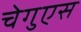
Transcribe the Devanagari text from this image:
चेगुएस